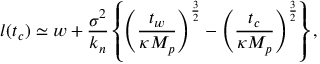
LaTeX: l ( t _ { c } ) \simeq w + { \frac { \sigma ^ { 2 } } { k _ { n } } } \left\{ \left( { \frac { t _ { w } } { \kappa M _ { p } } } \right) ^ { \frac { 3 } { 2 } } - \left( { \frac { t _ { c } } { \kappa M _ { p } } } \right) ^ { \frac { 3 } { 2 } } \right\} ,